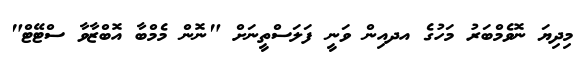
މިދިޔަ ނޮވެމްބަރު މަހުގެ އދއިން ވަނީ ފަލަސްތީނަށް "ނޮން މެމްބާ އޮބްޒާވާ ސްޓޭޓް"